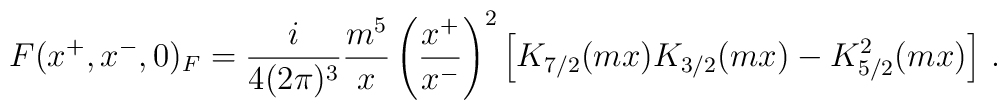
F(x^+,x^-,0)_F=\frac{i}{4(2\pi)^3} \frac{m^5}{x} \left(\frac{x^+}{x^-} \right)^2\left[ K_{7/2}(mx)K_{3/2}(mx)-K^2_{5/2}(mx) \right]\,.